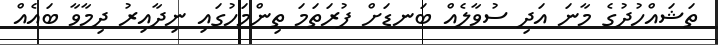
ތަޝައްހުދުގެ މާނަ އަދި ސުވާލެއް ބަނޑަށް ފުރަތަމަ ތިންމަހުގައި ނިދާއިރު ދިމާވާ ބައެއް